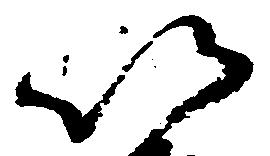
以